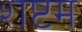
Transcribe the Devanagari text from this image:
शष्टम